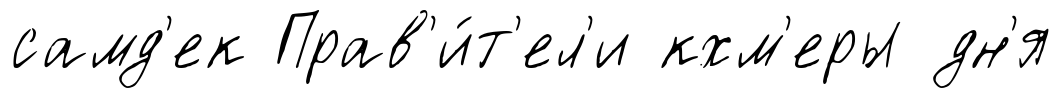
самд'ек Прав'и́т'ел'и кхм'еры дн'я